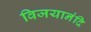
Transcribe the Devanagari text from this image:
विजयानंदि